Lunatic asylums in Bengal annual reports 1899-1911 - 1899-1911
Year: 1899
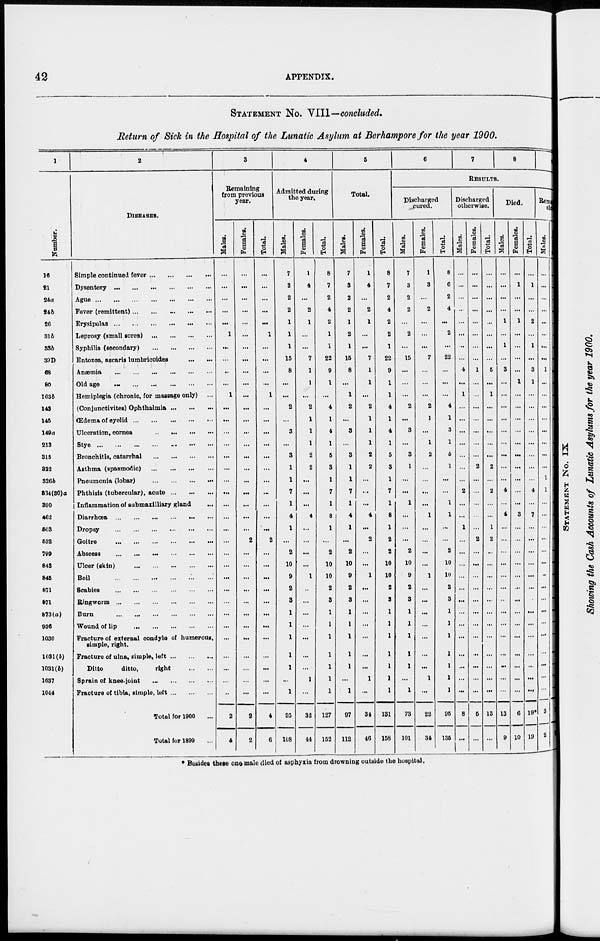
42
APPENDIX.
STATEMENT No. VIII—concluded.
Return of Sick in the Hospital of the Lunatic Asylum at Berhampore for the year 1900.
1
Number.
16
21
24a
24b
26
316
33b
39D
68
80
103b
143
145
149a
213
315
323
326b
334(30)a
390
462
503
632
799
843
845
871
871
873(a)
936
1030
1031(b)
1031(b)
1037
1044
2
DISEASES.
Simple continued fever
...
...
...
...
Dysentery
...
...
...
...
...
...
Ague
...
...
...
...
...
...
...
Fever (remittent) ... ... ... ... ...
Erysipelas ... ... ... ... ... ...
Leprosy (small sores) ...
...
...
...
Syphilis (secondary)
...
...
...
...
Entozoa, ascaris lumbricoides
...
...
Anæmia
...
...
...
...
...
...
Old age
...
...
...
...
...
...
Hemiplegia (chronic, for massage only) ...
(Conjunctivites) Ophthalmia
...
...
...
Œdema of eyelid
...
...
...
...
...
Ulceration, cornea
...
...
...
...
Stye ... ... ... ... ... ... ...
Bronchitis, catarrhal
...
...
...
...
Asthma (spasmodic)
...
...
...
...
Pneumonia (lobar)
...
...
...
...
Phthisis (tubercular), acute
...
...
...
Inflammation of submaxilliary gland ...
Diarrhœa
...
...
...
...
...
...
Dropsy
...
...
...
...
...
...
Goitre
...
...
...
...
...
...
Abscess
...
...
...
...
...
...
Ulcer (skin)
...
...
...
...
...
Boil
...
...
...
...
...
...
Scabies
...
...
...
...
...
...
Ringworm
...
...
...
...
...
...
Burn
...
...
...
...
...
...
Wound of lip
...
...
...
...
...
Fracture of external condyle of humorous,
simple, right.
Fracture of ulna, simple, left
...
...
...
Ditto
ditto,
right
...
...
Sprain of knee-joint
... ... ... ...
Fracture of tibia, simple, left
...
...
...
Total for 1900 ...
Total for 1899 ...
3
Remaining
from previous
year.
Males.
...
...
...
...
...
1
...
...
...
...
1
...
...
...
...
...
...
...
...
...
...
...
...
...
...
...
...
...
...
...
...
...
...
...
...
2
4
Females.
...
...
...
...
...
...
...
...
...
...
...
...
...
...
...
...
...
...
...
...
...
...
2
...
...
...
...
...
...
...
...
...
...
...
...
2
2
Total.
...
...
...
...
...
1
...
...
...
...
1
...
...
...
...
...
...
...
...
...
...
...
2
...
...
...
...
...
...
...
...
...
...
...
...
4
6
4
Admitted during
the year.
Males.
7
3
2
2
1
1
1
15
8
...
...
2
...
3
...
3
1
1
7
1
4
1
...
2
10
9
2
3
1
1
1
1
1
...
1
95
108
Females.
1
4
...
2
1
...
...
7
1
1
...
2
1
1
1
2
2
...
...
...
4
...
...
...
...
1
...
...
...
...
...
...
...
1
...
32
44
Total.
8
7
2
4
2
1
1
22
9
1
...
4
1
4
1
5
3
1
7
1
8
1
...
2
10
10
2
3
1
1
1
1
1
1
1
127
152
5
Total.
Males.
7
3
2
2
1
2
1
15
8
...
1
2
...
3
...
3
1
1
7
1
4
1
...
2
10
9
2
3
1
1
1
1
1
...
1
97
112
Females.
1
4
...
2
1
...
...
7
1
1
...
2
1
1
1
2
2
...
...
...
4
...
2
...
...
1
...
...
...
...
...
...
...
1
...
34
46
Total.
8
7
2
4
2
2
1
22
9
1
1
4
1
4
1
5
3
1
7
1
8
1
2
2
10
10
2
3
1
1
1
1
1
1
1
131
158
6
7
8
RESULTS.
Discharged
cured.
Males.
7
3
2
2
...
2
...
15
...
...
...
2
...
3
...
3
1
...
...
1
...
...
...
2
10
9
2
3
1
1
1
1
1
...
1
73
101
Females.
1
3
...
2
...
...
...
7
...
...
...
2
1
...
1
2
...
...
...
...
1
...
...
...
...
1
...
...
...
...
...
...
...
1
...
22
34
Total.
8
6
2
4
...
2
...
22
...
...
...
4
1
3
1
5
1
...
...
1
1
...
...
2
10
10
2
3
1
1
1
1
1
1
1
95
135
Discharged
otherwise.
Males.
I
...
...
...
...
...
...
...
...
4
...
1
...
...
...
...
...
...
...
2
...
...
1
...
...
...
...
...
...
...
...
...
...
...
...
...
8
...
Females.
...
...
...
...
...
...
...
...
1
...
...
...
...
...
...
...
2
...
...
...
...
2
...
...
...
...
...
...
...
...
...
...
...
...
5
...
Total.
...
...
...
...
...
...
...
...
5
...
1
...
...
...
...
...
2
...
2
...
...
1
2
...
...
...
...
...
...
...
...
...
...
...
...
13
...
Died.
Males.
...
...
...
...
1
...
1
...
3
...
...
...
...
...
...
...
...
...
4
...
4
...
...
...
...
...
...
...
...
...
...
...
...
...
...
13
9
Females.
...
1
...
...
1
...
...
...
...
1
...
...
...
...
...
...
...
...
...
...
3
...
...
...
...
...
...
...
...
...
...
...
...
...
...
6
10
Total.
...
1
...
...
2
...
1
...
3
1
...
...
...
...
...
...
...
4
...
7
...
...
...
...
...
...
...
...
...
...
...
...
...
...
19*
19
Remaining
sick.
Males.
...
...
...
...
...
...
...
...
1
...
...
...
...
...
...
...
...
1
1
...
...
...
...
...
...
...
...
...
...
...
...
...
...
...
3
2
* Besides these one,male died of asphyxia from drowning outside the hospital.